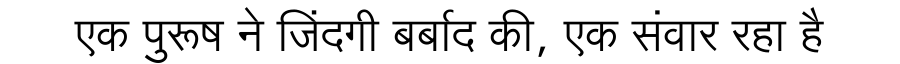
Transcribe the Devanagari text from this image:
एक पुरूष ने जिंदगी बर्बाद की, एक संवार रहा है